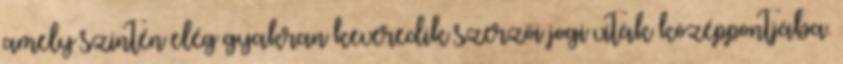
amely szintén elég gyakran keveredik szerzői jogi viták középpontjába.